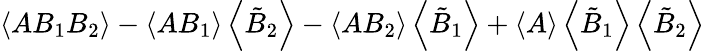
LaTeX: \left\langle AB_{1}B_{2}\right\rangle-\left\langle AB_{1}\right\rangle\left\langle\tilde{B}_{2}\right\rangle-\left\langle AB_{2}\right\rangle\left\langle\tilde{B}_{1}\right\rangle+\left\langle A\right\rangle\left\langle\tilde{B}_{1}\right\rangle\left\langle\tilde{B}_{2}\right\rangle